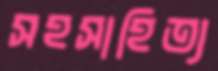
সহসাহিত্য